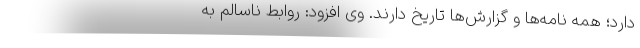
دارد؛ همه نامه‌ها و گزارش‌ها تاریخ دارند. وی افزود: روابط ناسالم به